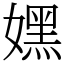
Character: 嫼